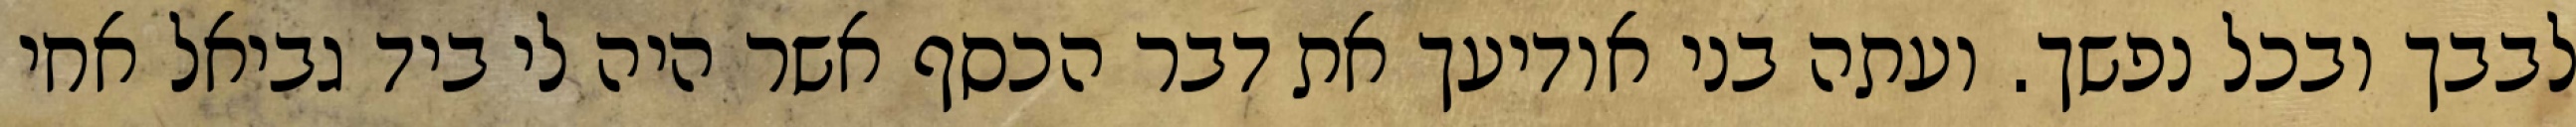
לבבך ובכל נפשך. ועתה בני אודיעך את דבר הכסף אשר היה לי ביד גביאל אחי